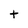
Character: t